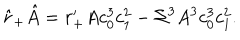
LaTeX: \hat { r } _ { + } \hat { A } = r _ { + } ^ { \prime } A c _ { 0 } ^ { 3 } c _ { 1 } ^ { 2 } - \Sigma ^ { 3 } A ^ { 3 } c _ { 0 } ^ { 3 } c _ { 1 } ^ { 2 } .